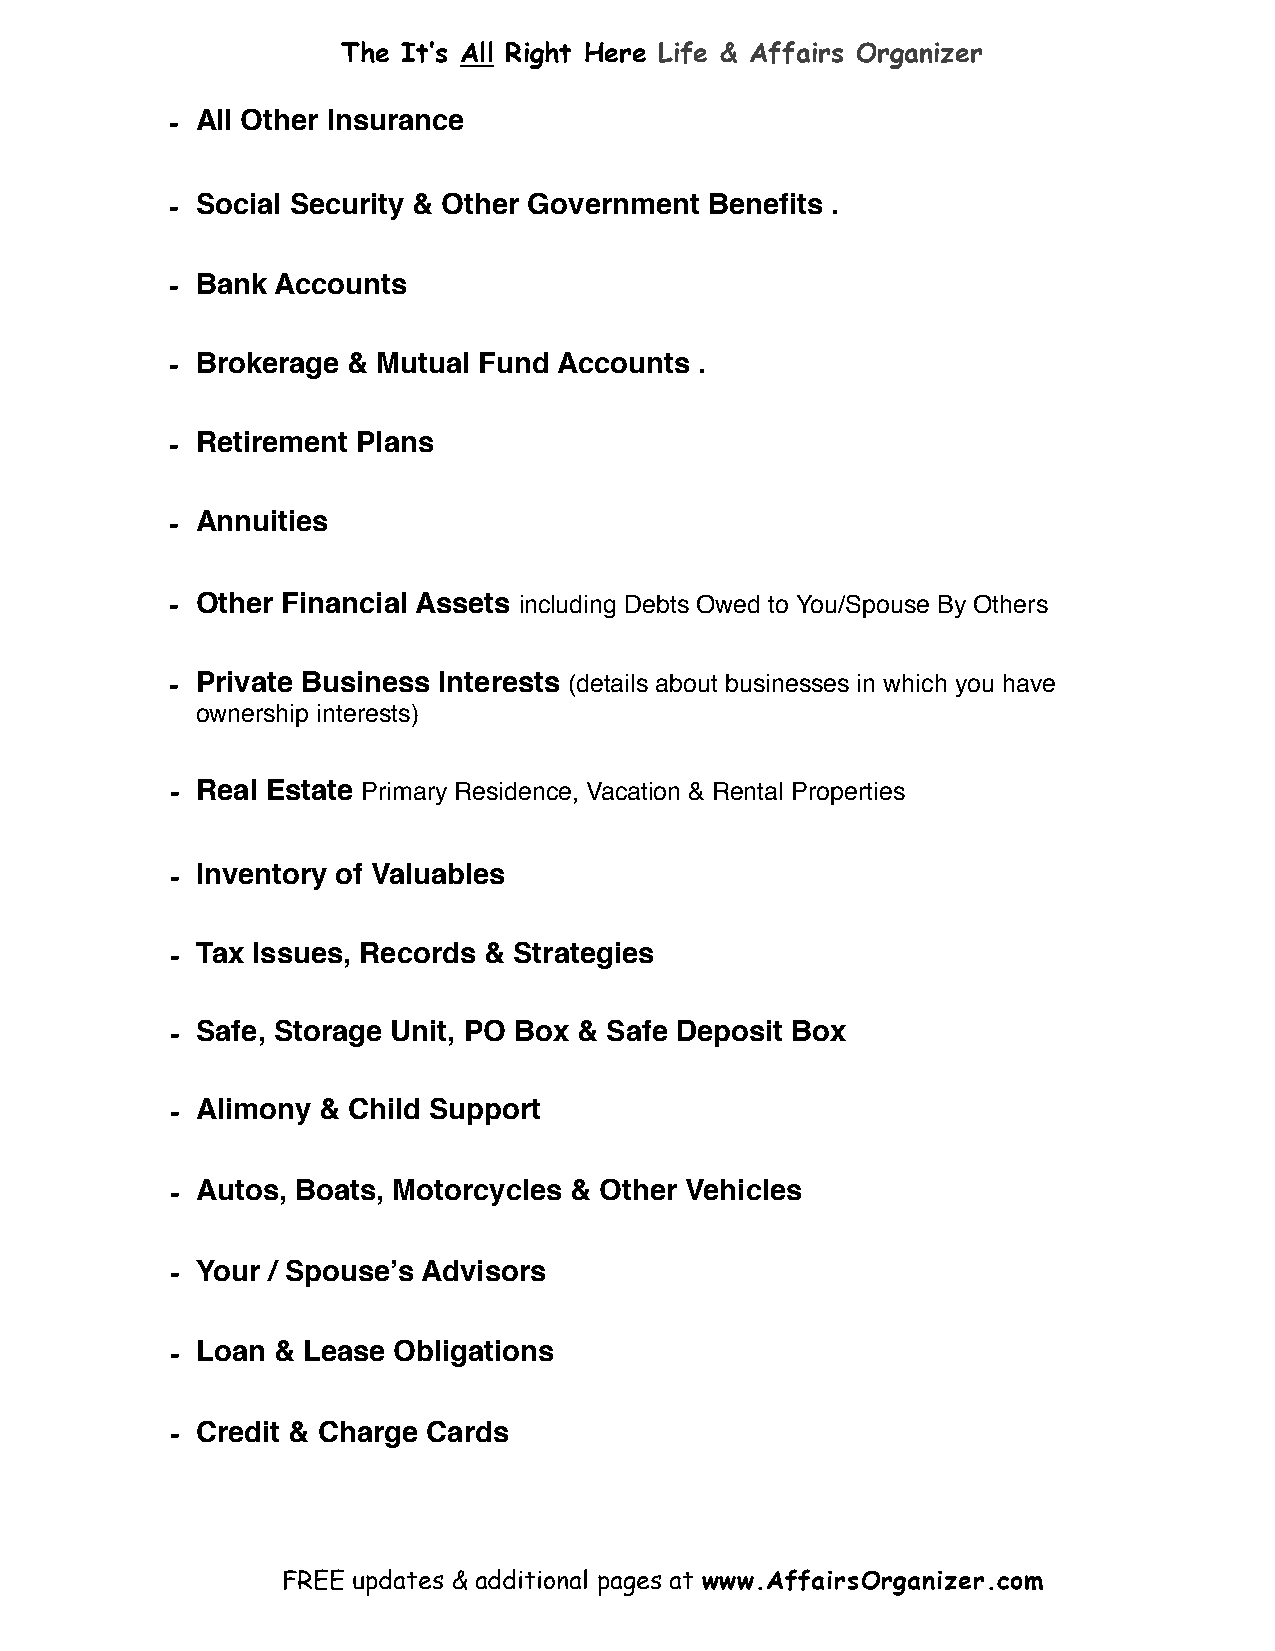
The It’s All Right Here Life & Affairs Organizer
 - All Other Insurance
 - Social Security & Other Government Benefits .
 - Bank Accounts
 - Brokerage & Mutual Fund Accounts .
 - Retirement Plans
 - Annuities
 - Other Financial Assets including Debts Owed to You/Spouse By Others
 - Private Business Interests (details about businesses in which you have
 ownership interests)
 - Real Estate Primary Residence, Vacation & Rental Properties
 - Inventory of Valuables
 - Tax Issues, Records & Strategies
 - Safe, Storage Unit, PO Box & Safe Deposit Box
 - Alimony & Child Support
 - Autos, Boats, Motorcycles & Other Vehicles
 - Your / Spouse’s Advisors
 - Loan & Lease Obligations
 - Credit & Charge Cards
 FREE updates & additional pages at www.AffairsOrganizer.com